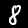
Digit: 8